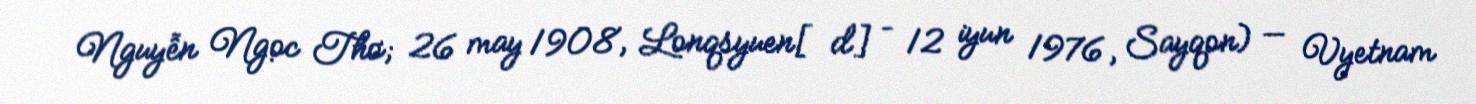
Nguyễn Ngọc Thơ; 26 may 1908, Lonqsyuen[d] – 12 iyun 1976, Sayqon) — Vyetnam